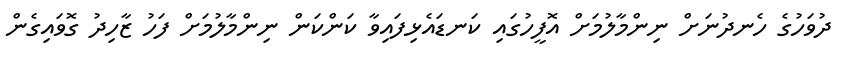
ދުވަހުގެ ހެނދުނަށް ނިންމާލުމަށް އޮފީހުގައި ކަނޑައެޅިފައިވާ ކަންކަން ނިންމާލުމަށް ފަހު ޒާހިދު ގޮވައިގެން